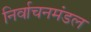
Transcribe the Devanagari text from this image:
निर्वाचनमंडल